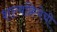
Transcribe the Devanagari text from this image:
शल्यक्रियेची